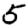
Digit: 5